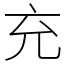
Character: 充